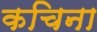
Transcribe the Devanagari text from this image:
कचिना